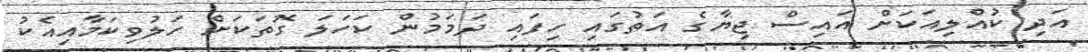
އަދި ކުއްލިއަކަށް އައިސް ޖިޔާގެ އަތުގައި ހިފައި ދަމަމުން ކަހަލަ ގޮތަކަށް ހަލުވިކަމާއިއެކު